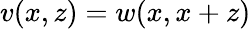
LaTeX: v(x,z)=w(x,x+z)